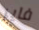
فاير